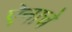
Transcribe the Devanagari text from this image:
ऐनाचे